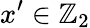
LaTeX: x^{\prime}\in\mathbb{Z}_{2}